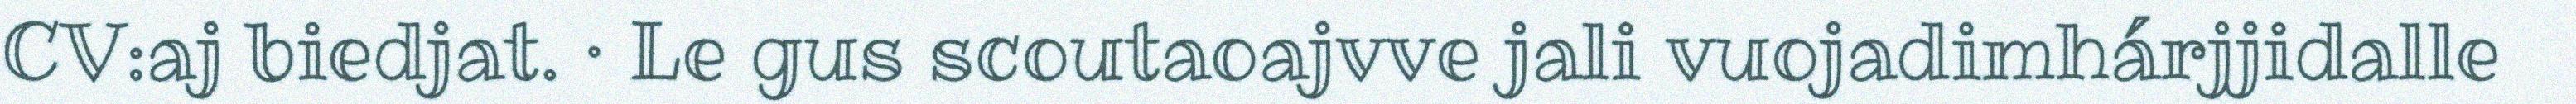
CV:aj biedjat. · Le gus scoutaoajvve jali vuojadimhárjjidalle